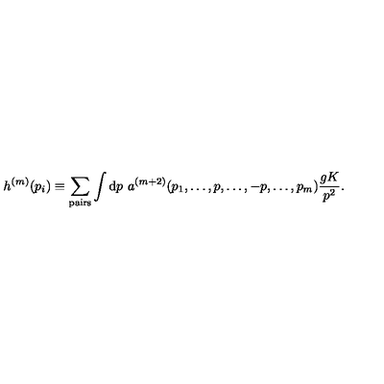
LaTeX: h ^ { ( m ) } ( p _ { i } ) \equiv \sum _ { \mathrm { p a i r s } } \int \mathrm { d } p \ a ^ { ( m + 2 ) } ( p _ { 1 } , \dots , p , \dots , - p , \dots , p _ { m } ) { \frac { g K } { p ^ { 2 } } } .